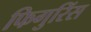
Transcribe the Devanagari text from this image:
फिगुरिंस